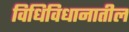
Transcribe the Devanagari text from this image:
विधिविधानातील